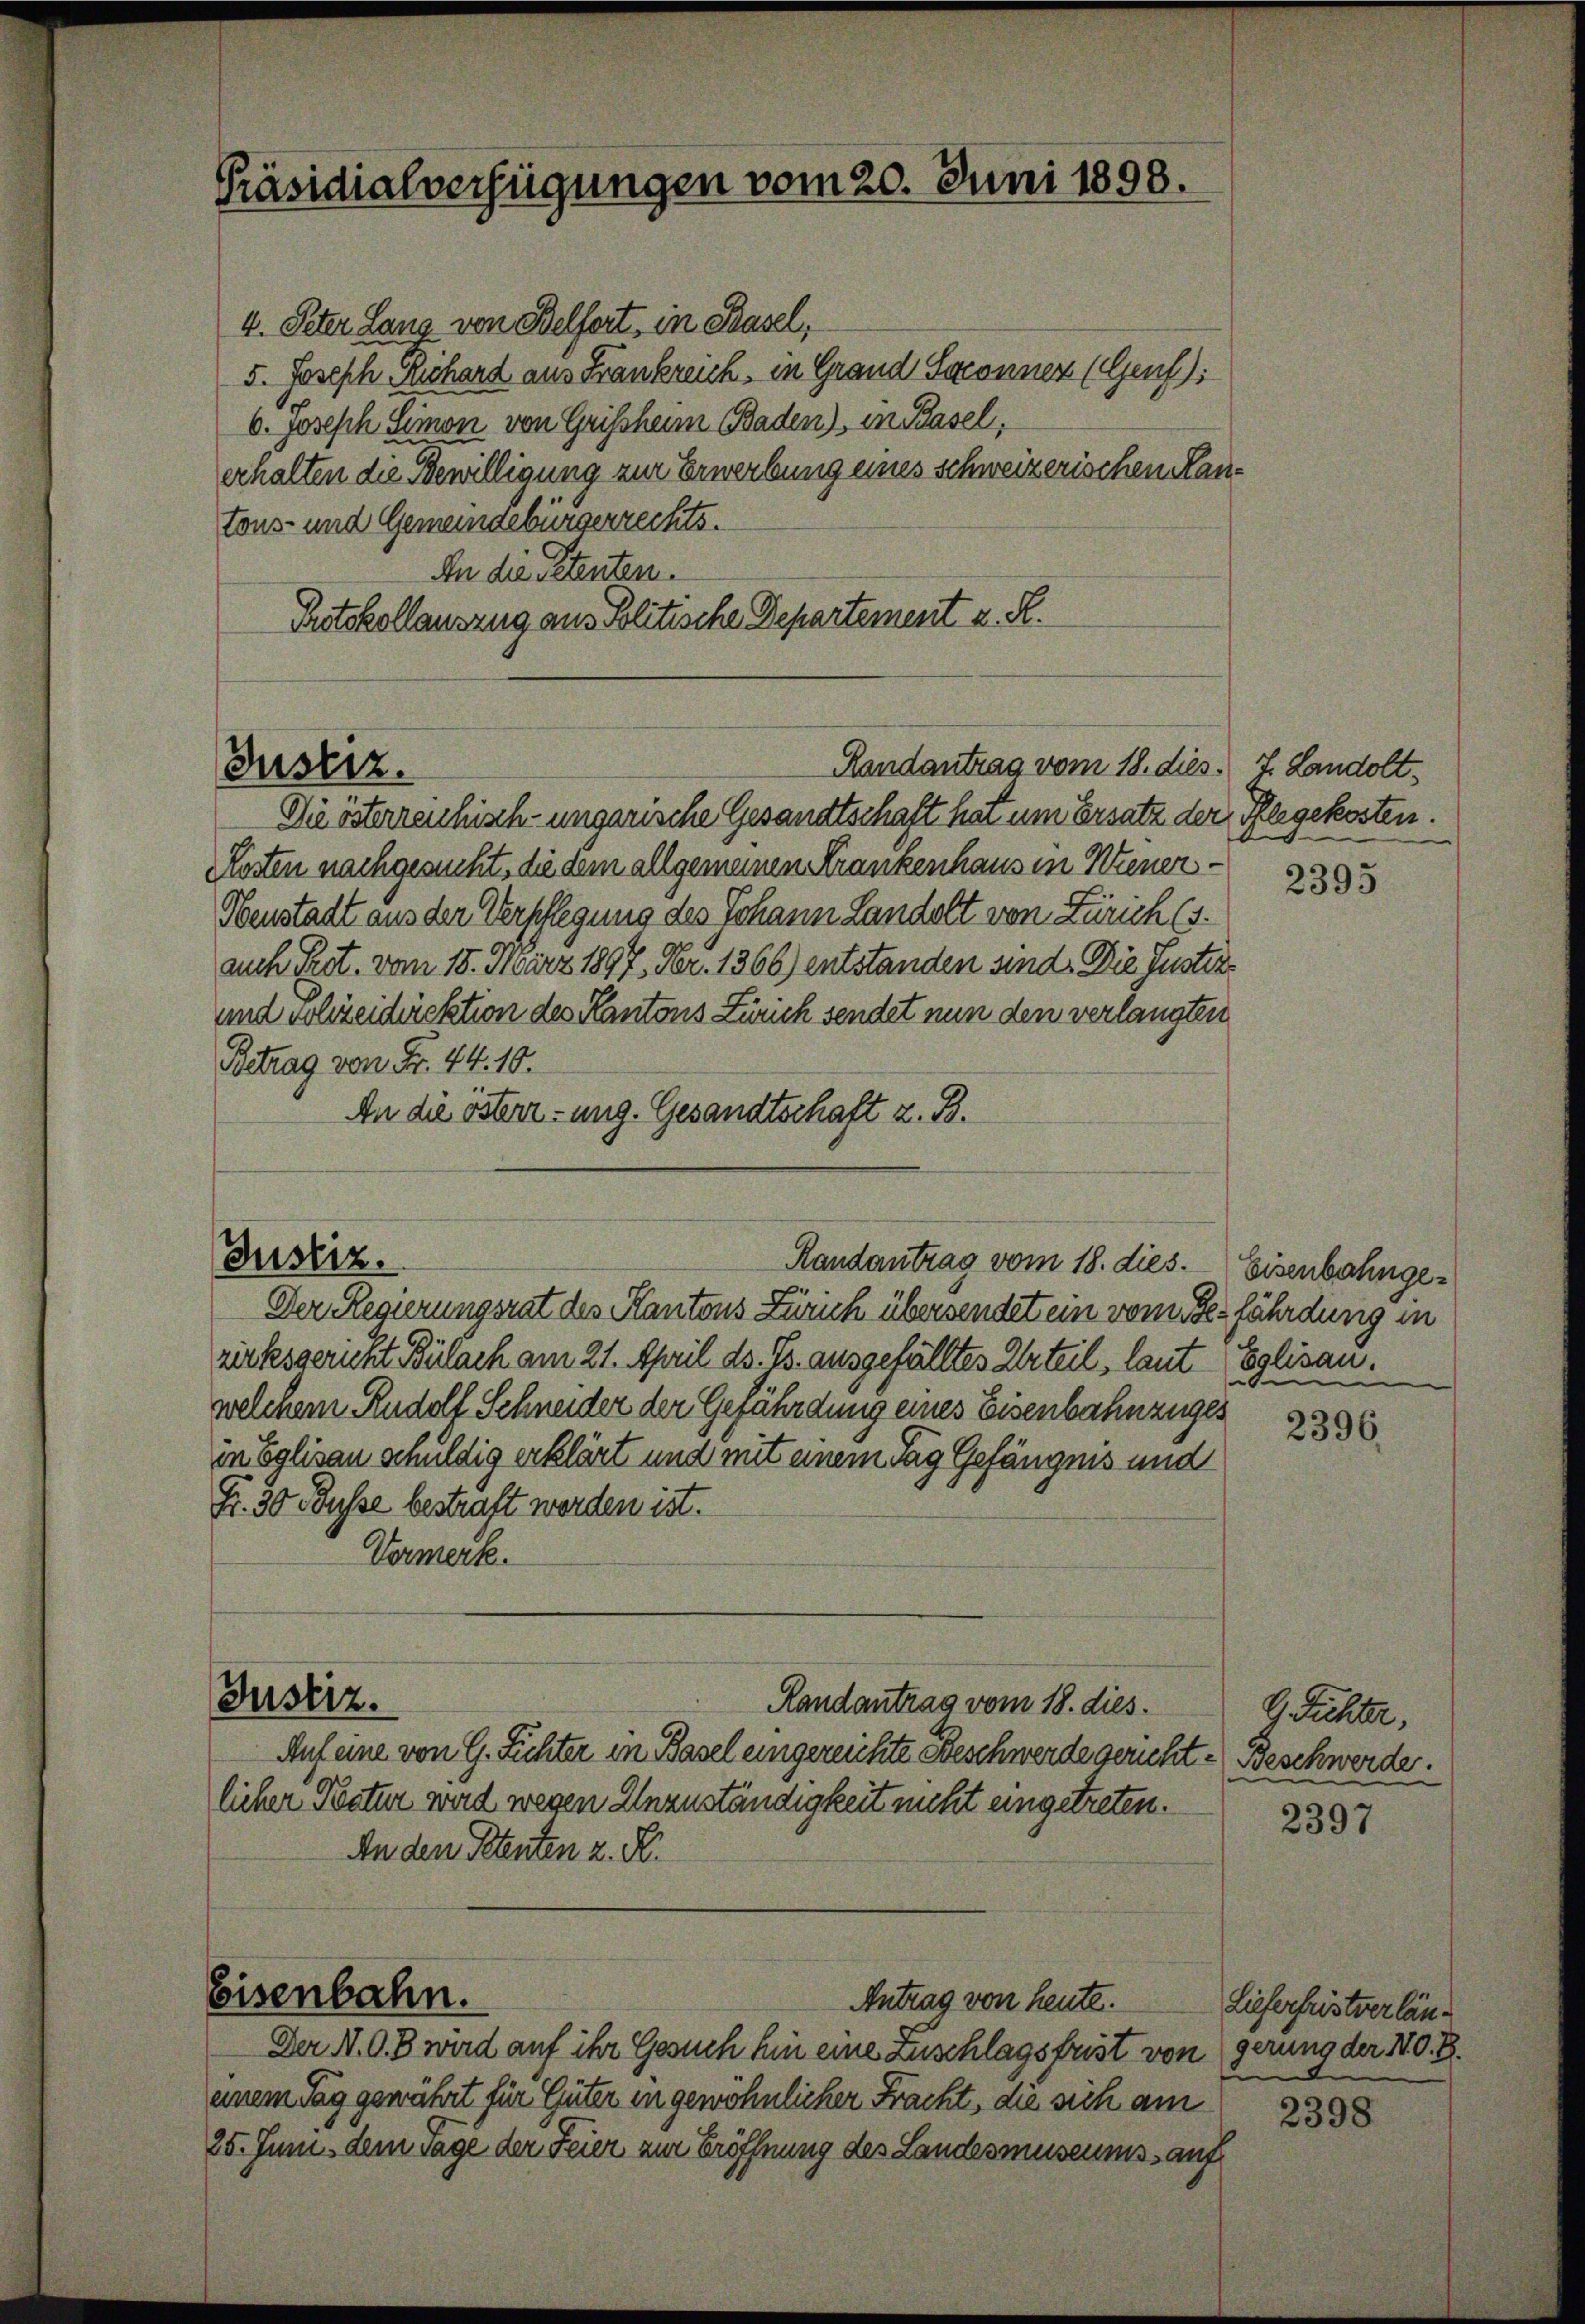
Präsidialverfügungen vom 20. Juni 1898.

4. Peter Lang von Belfort, in Basel,
5. Joseph Richard aus Frankreich, in Grand Seconnen (Genf):
b. Joseph Simon von Grissheim Baden), in Basel,
erhalten die Bewilligung zur Erwerbung eines schweizerischen Kantons- und Gemeindebürgerrechts.
An die Petenten.
Protokollauszug aus Politische Departement z. R.

Die österrenhisch-ungarische Gesandtschaft hat um Ersatz der Pflegekosten.
Rasten nachgesucht, die dem allgemeinen Krankenhaus in Wiener¬
Obenstadt aus der Verpflegung des Johann Landelt von Zürich (s.
auch Prot. vom 18. März 1897, Nr. 1366) entstanden sind. Die Justiz¬
und Polizeidirektion des Kantons Zürich sendet nun den verlangten
Betrag von Fr. 44. 10.
An die östern-ung. Gesandtschaft z. B.
Der Regierungsrat des Kantons Zürich übersendet ein vom Gefährdung in
zirksgericht Bülach am 21. April ds. Js. ausgefälltes Urteil, laut Elisau.
welchem Rudoll Schneider der Gefährdung eines Eisenbahnzuges
in Eglisau schuldig erklärt und mit einem Tag Gefängnis und
Fr. 30 Fusse bestraft werden ist.
Vormerk.
Justiz.
Randantrag vom 18. dies
Auf eine von G. Fichter in Basel eingereichte Beschwerde gericht - Beschwerde.
licher Natur wird wegen Unzuständigkeit nicht eingetreten.
An den Petenten z. B.

Justiz.

Justiz.

Randantrag vom 18. dies J. Landolt¬

Randantrag vom 18. dies. Eisenbahnge¬

Eisenbahn.
Antrag von heute.

Der N. O. B. wird auf ihr Gesuch hin eine Zuschlagsfrist von gerung der No. 8.
einem Tag gewährt für Güter in gewöhnlicher Fracht, die sich am
25. Juni dem Tage der Feier zur Eröffnung des Landesmuseums auf

2395

e

2396.

G. Fichter,

2397

Lieferfristverlän¬

2398